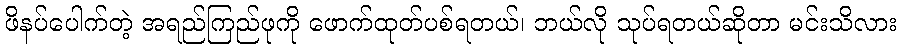
ဖိနပ်ပေါက်တဲ့ အရည်ကြည်ဖုကို ဖောက်ထုတ်ပစ်ရတယ်၊ ဘယ်လို သုပ်ရတယ်ဆိုတာ မင်းသိလား